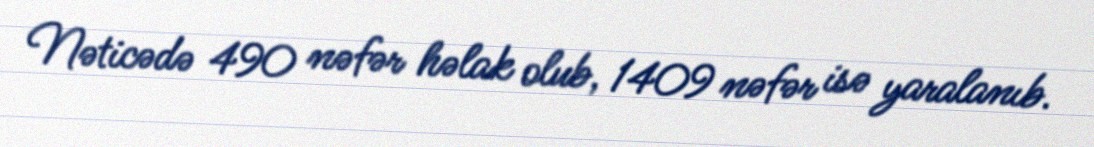
Nəticədə 490 nəfər həlak olub, 1409 nəfər isə yaralanıb.